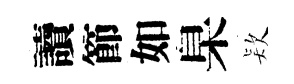
讀節如臬𣣇